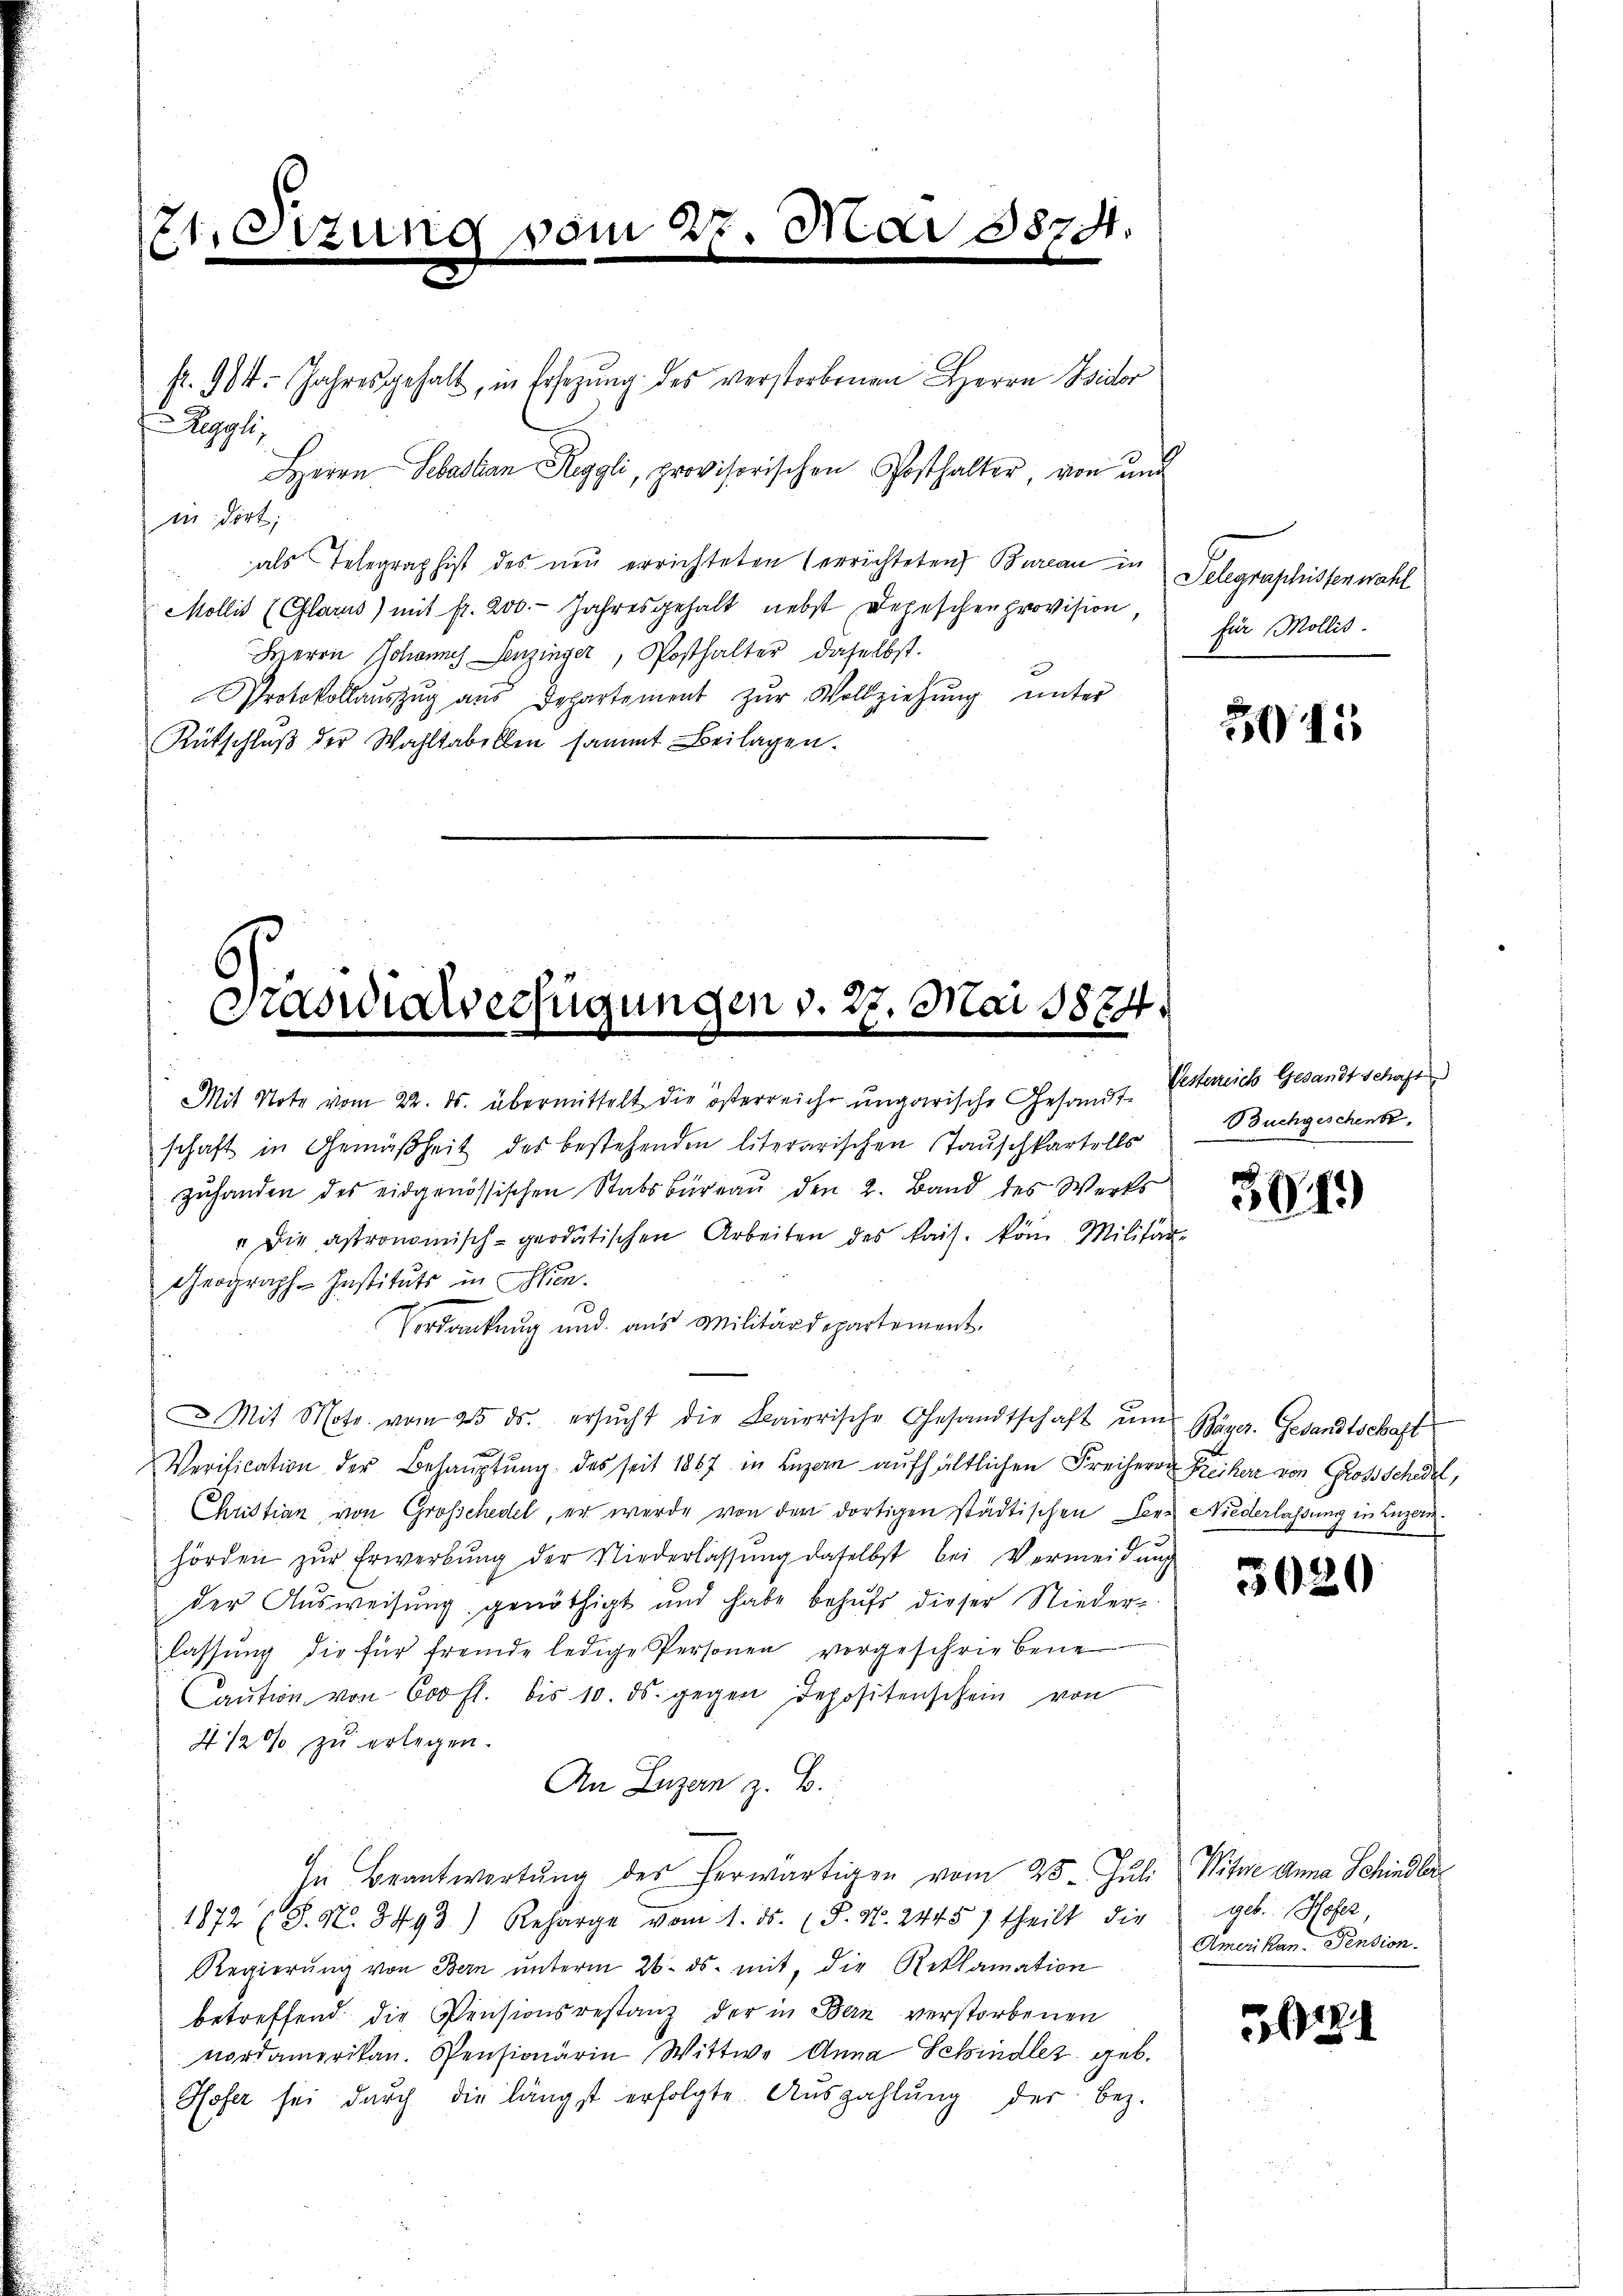
etzung vom 27. Mai 1874.
e
e
e

fr. 904. Jahresgehalt, in Ersezung des verstorbenen Herrn Isidor
Aegypti
Herrn Sebastian Reggli, provisorischen Posthalter, von und
in dort,
als Telegraphist des neu errichteten errichteten Bureau in
Mollis (Glarus) mit fr. 200.- Jahresgehalt nebst Depeschenprovision,
Herrn Johannes Senzinger, Posthalter daselbst.
Protokollaŭszŭg aŭs Departement zŭr Vollziehŭng ŭnter
Rütschlŭβ der Wahltabellen sammt Beilagen.
zuhanden des eidgenössischen Stabsbureau den 2. Band des Werks
" die astronomisch-geodatischen Arbeiten des kais. kom Militär-
Geograph-Instituts in Wien.
Vortrackung und aus Militärdepartement.
Mit Motr. vom 25. ds. ersŭcht die Baierische Gesandtschaft ŭm
Verification der Behaŭptŭng des seit 1867 in Luzern aufhältlichen Freiherrn Freiherr von Großschedel,
Christian von Großschedel, er werde von der dortigen städtischen Herr Niederlassung in Luzern
hörden zŭr Erwerbŭng der Niederlassŭng daselbst bei Vermeidung
der Ausweisung genöthigt und habe behufs dieser Nieder-
lassŭng die für fremde ledige Personen vorgeschriebene
Caŭtion von 600 fl. bis 10. ds. gegen Depositenschein von
4 1/2% zu erlegen.
An Luzern z. B.
In Beantwortŭng des herwärtigen vom 25. Jŭli Witwe Anna Schindler
1872 S. Nr. 3493) Reharge vom 1. ds. (T. N. 2445) theilt die geb. Hofer,
Regierŭng von Bern ŭnterm 26. ds. mit, die Reklamation
betreffend die Pensionsrestanz der in Bern verstorbenen
Nordamerikan. Pensionärin Wittwe Anna Schindler geb.
Hofer sei dŭrch die längst erfolgte Aŭszahlŭng der bez.

Graswicverfügungen d. 27. Mai 1884.

Mit Note vom 22. ds. übermittelt die österreiche ungarische Gesandt- Gestereich Gesandtschafen
schaft in Gemäßheit des bestehenden literarischen Tauschkartells

Telegraphissen wähl
für Mollis.

5045

Buchgeschenk

3949)

Bäger. Gesandtschaft

3020

Amerikan-Pension.

121